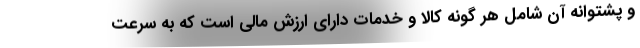
و پشتوانه آن شامل هر گونه کالا و خدمات دارای ارزش مالی است که به سرعت